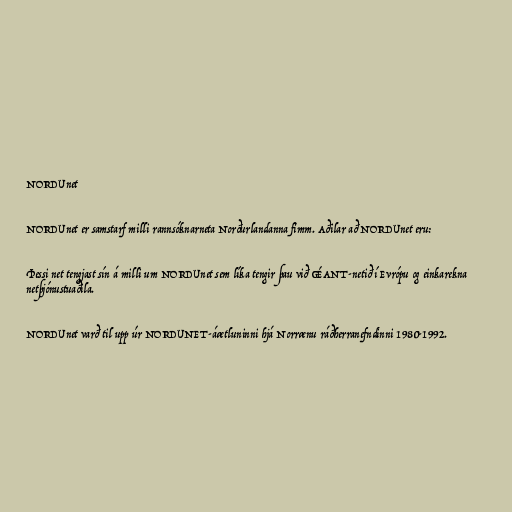
NORDUnet

NORDUnet er samstarf milli rannsóknarneta Norðurlandanna fimm. Aðilar að NORDUnet eru:

Þessi net tengjast sín á milli um NORDUnet sem líka tengir þau við GÉANT-netið í Evrópu og einkarekna
netþjónustuaðila.

NORDUnet varð til upp úr NORDUNET-áætluninni hjá Norrænu ráðherranefndinni 1980-1992.